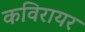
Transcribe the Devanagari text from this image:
कविरायर